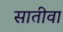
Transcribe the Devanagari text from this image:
सातीवा